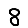
Digit: 8